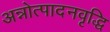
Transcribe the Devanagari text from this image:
अन्नोत्पादनवृद्धि